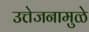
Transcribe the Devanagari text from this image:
उत्तेजनामुळे